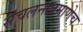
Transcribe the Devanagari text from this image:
संचलनाप्रमाणेच